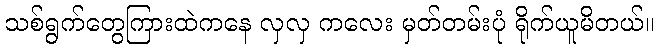
သစ်ရွက်တွေကြားထဲကနေ လှလှ ကလေး မှတ်တမ်းပုံ ရိုက်ယူမိတယ်။